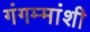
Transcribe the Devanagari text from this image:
गंगम्मांशी